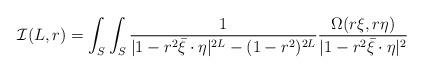
LaTeX: \begin{align*}\mathcal I(L,r)=\int_S \int_S \frac{1}{|1-r^2\bar \xi\cdot \eta|^{2L}-(1-r^2)^{2L}} \frac{\Omega(r\xi, r\eta)}{|1-r^2\bar \xi\cdot \eta|^{2}}\end{align*}